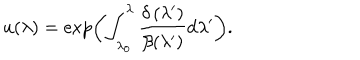
LaTeX: u ( \lambda ) = \exp \left( \int _ { \lambda _ { 0 } } ^ { \lambda } \frac { \delta \left( \lambda ^ { \prime } \right) } { \beta ( \lambda ^ { \prime } ) } \mathrm { d } \lambda ^ { \prime } \right) .